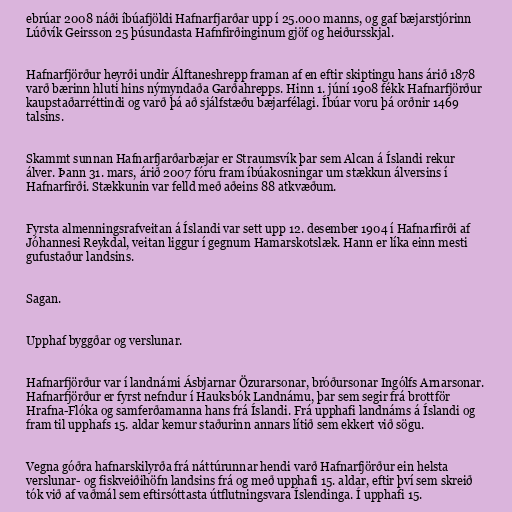
ebrúar 2008 náði íbúafjöldi Hafnarfjarðar upp í 25.000 manns, og gaf bæjarstjórinn
Lúðvík Geirsson 25 þúsundasta Hafnfirðinginum gjöf og heiðursskjal.

Hafnarfjörður heyrði undir Álftaneshrepp framan af en eftir skiptingu hans árið 1878
varð bærinn hluti hins nýmyndaða Garðahrepps. Hinn 1. júní 1908 fékk Hafnarfjörður
kaupstaðarréttindi og varð þá að sjálfstæðu bæjarfélagi. Íbúar voru þá orðnir 1469
talsins.

Skammt sunnan Hafnarfjarðarbæjar er Straumsvík þar sem Alcan á Íslandi rekur
álver. Þann 31. mars, árið 2007 fóru fram íbúakosningar um stækkun álversins í
Hafnarfirði. Stækkunin var felld með aðeins 88 atkvæðum.

Fyrsta almenningsrafveitan á Íslandi var sett upp 12. desember 1904 í Hafnarfirði af
Jóhannesi Reykdal, veitan liggur í gegnum Hamarskotslæk. Hann er líka einn mesti
gufustaður landsins.

Sagan.

Upphaf byggðar og verslunar.

Hafnarfjörður var í landnámi Ásbjarnar Özurarsonar, bróðursonar Ingólfs Arnarsonar.
Hafnarfjörður er fyrst nefndur í Hauksbók Landnámu, þar sem segir frá brottför
Hrafna-Flóka og samferðamanna hans frá Íslandi. Frá upphafi landnáms á Íslandi og
fram til upphafs 15. aldar kemur staðurinn annars lítið sem ekkert við sögu.

Vegna góðra hafnarskilyrða frá náttúrunnar hendi varð Hafnarfjörður ein helsta
verslunar- og fiskveiðihöfn landsins frá og með upphafi 15. aldar, eftir því sem skreið
tók við af vaðmál sem eftirsóttasta útflutningsvara Íslendinga. Í upphafi 15.